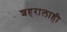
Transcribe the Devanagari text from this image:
शहरालाही